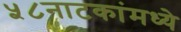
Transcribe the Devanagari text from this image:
५८नाटकांमध्ये